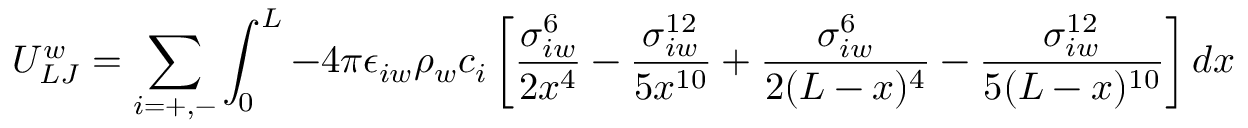
U _ { L J } ^ { w } = \sum _ { i = + , - } \int _ { 0 } ^ { L } - 4 \pi \epsilon _ { i w } \rho _ { w } c _ { i } \left[ \frac { \sigma _ { i w } ^ { 6 } } { 2 x ^ { 4 } } - \frac { \sigma _ { i w } ^ { 1 2 } } { 5 x ^ { 1 0 } } + \frac { \sigma _ { i w } ^ { 6 } } { 2 ( L - x ) ^ { 4 } } - \frac { \sigma _ { i w } ^ { 1 2 } } { 5 ( L - x ) ^ { 1 0 } } \right] d x